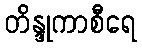
တိန္ဒုကာစီရေ